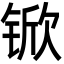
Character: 锨